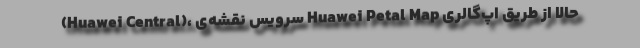
(Huawei Central)، سرویس نقشه‌ی Huawei Petal Map حالا از طریق اپ‌گالری